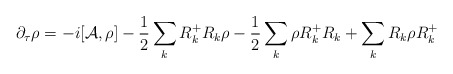
\begin{align*}\partial_{\tau}\rho=-i[{\cal A},\rho]-\frac{1}{2}\sum_{k}R_{k}^{+}R_{k}\rho -\frac{1}{2}\sum_{k}\rho R_{k}^{+}R_{k} + \sum_{k} R_{k}\rho R_{k}^{+}\end{align*}